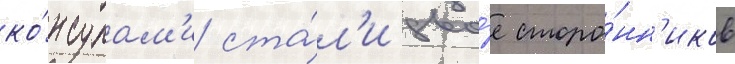
ко́нсулам'и ста́л'и дво́е сторо́нн'иков